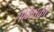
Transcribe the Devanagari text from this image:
समिषको